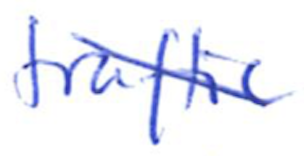
Text: traffic
Cross-out: diagonal
Writing tool: ballpoint